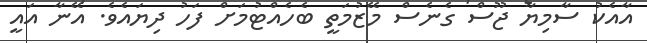
އާއެކު ސާމިޔާ ޖޫސް ގެނެސް މޭޒުމަތީ ބެހެއްޓުމަށް ފަހު ދިޔައެވެ. އޭނާ އައީ